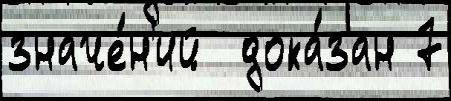
значе́н'ий  дока́зан 7